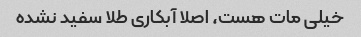
خیلی مات هست، اصلا آبکاری طلا سفید نشده